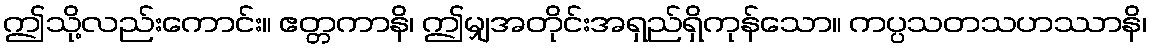
ဤသို့လည်းကောင်း။ ဧတ္တကာနိ၊ ဤမျှအတိုင်းအရှည်ရှိကုန်သော။ ကပ္ပသတသဟဿာနိ၊